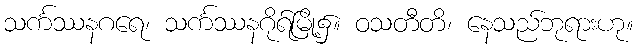
သင်္ကဿနဂရေ၊ သင်္ကဿနဂိုရ်မြို့၌။ ဝသတီတိ၊ နေသည်ဘုရားဟု။